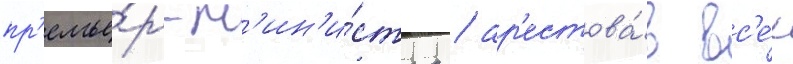
пр'емье́р-м'ин'и́стра / ар'естова́в вс'е́х